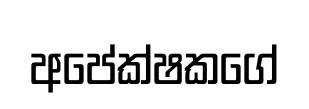
අපේක්ෂකගේ